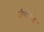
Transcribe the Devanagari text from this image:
जैगीषध्य